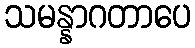
သမန္နာဂတာပေ